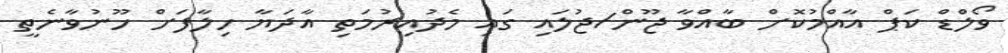
ވޯލްޑް ކަޕް އާއްމުކޮށް ބާއްވާ ޖޫން/ޖުލައި ގައި މެދުއިރުމަތި އާދަޔާ ހިލާފަށް ހޫނުވާނެތީ